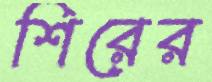
শিরের